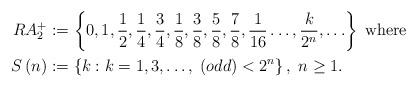
LaTeX: \begin{align*}RA_{2}^{+} & :=\left\{ 0,1,\frac{1}{2},\frac{1}{4},\frac{3}{4},\frac{1}{8},\frac{3}{8},\frac{5}{8},\frac{7}{8},\frac{1}{16}\ldots,\frac{k}{2^{n}},\ldots\right\} \;\mbox{where}\\S\left(n\right) & :=\left\{ k:k=1,3,\dots,\;\mbox{\ensuremath{\left(odd\right)}}<2^{n}\right\} ,\; n\geq1.\end{align*}